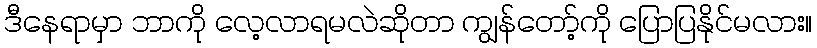
ဒီနေရာမှာ ဘာကို လေ့လာရမလဲဆိုတာ ကျွန်တော့်ကို ပြောပြနိုင်မလား။